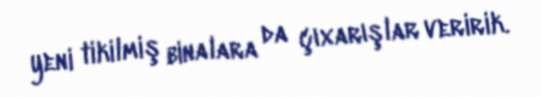
yeni tikilmiş binalara da çıxarışlar veririk.